Leaving Certificate, 1899
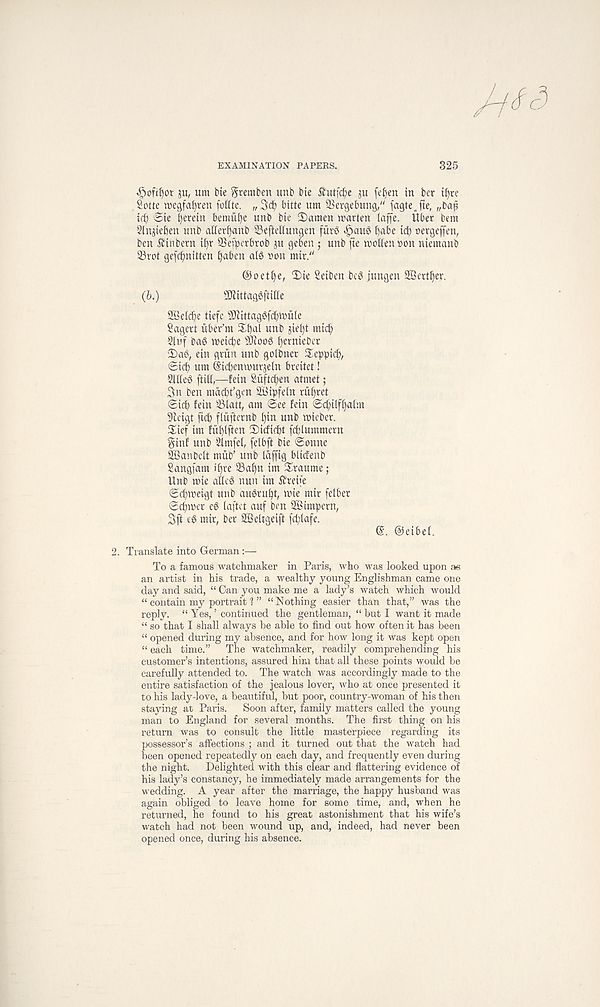
EXAMINATION PAPERS.
325
<£joftJ)or 3u, um He gremben unb bte £utf$e fef)en in ber iijre
Sotte tnegfa^ren follte. „3c^ bitte um SSergebung/' fagte„fie, „bap
id; @ie herein bemuf)e unb bie 2)amen marten iaffe. Uber bent
Slnjieben unb atler^anb Seftedungen fiirS ^au6 f)abe id) oergeffen,
ben SHnbern i^r ®efperbrob ju geben ; unb fte molten »on niemanb
33rot gefc^nitten ^aben al6 non mir/'
@oetf)e, 2)ie Seiben beg jungen SBert^er.
(b.)
■ JJfittaggfiifte
SBetc^e tiefe SJiittaggfdjmule
Sagert itber’m
unb jie^t mic^
21 uf bag meic^e s IRoog ^ernieber
■ Dag, ein gvun unb gotbner Deppic^,
©id) um ©icbenmur^etn breitet!
2ltleg ftitl,—fein Siiftcfyen atmet;
3n ben macfd’gen SBipfetn turret
©id) fetn 23latt, am ©ee fein ©d>itf§a(m
■ Jteigt ftef) ftufternb ^in unb mieber.
Dief im fublften Didiebt fd)Iummern
ginf unb 2lmfet, fetbft bie ©onne
2Banbett mub’ unb laffig bliefenb
Sangfam ibre 23abn im Draume;
Unb mie atleg nun im i^reife
©d)meigt unb augrubt, mie mir fetber
©d)mer eg laftet auf ben 2Bimpern,
3ft eg mir, ber SBeltgeift fd)tafe.
(E. ©eibet.
Translate into German:—
To a famous watchmaker in Paris, who was looked upon as
an artist in his trade, a wealthy young Englishman came one
day and said, “ Can you make me a lady’s watch which would
“ contain my portrait ? ” “Nothing easier than that,” was the
reply. “ Yes, ’ continued the gentleman, “ but I want it made
“ so that I shall always be able to find out how often it has been
“ opened during my absence, and for how long it was kept open
“ each time.” The watchmaker, readily comprehending his
customer’s intentions, assured him that all these points would be
carefully attended to. The watch was accordingly made to the
entire satisfaction of the jealous lover, who at once presented it
to his lady-love, a beautiful, but poor, country-woman of his then
staying at Paris. Soon after, family matters called the young
man to England for several months. The first thing on his
return was to consult the little masterpiece regarding its
possessor’s affections ; and it turned out that the watch had
been opened repeatedly on each day, and frequently even during
the night. Delighted with this clear and flattering evidence of
his lady’s constancy, he immediately made arrangements for the
wedding. A year after the marriage, the happy husband was
again obliged to leave home for some time, and, when he
returned, he found to his great astonishment that his wife’s
watch had not been wound up, and, indeed, had never been
opened once, during his absence.